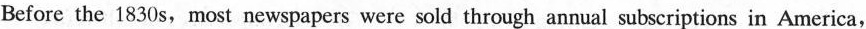
Before the 1830 s, most newspapers were sold through annual subscriptions in America,